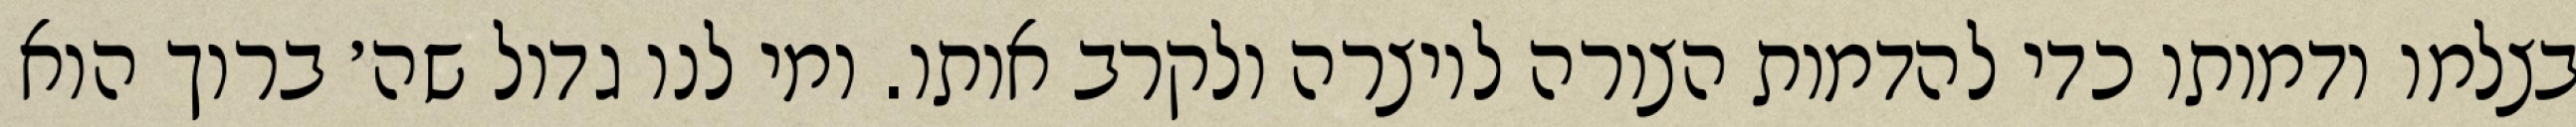
בצלמו ודמותו כדי להדמות הצורה ליוצרה ולקרב אותו. ומי לנו גדול שה׳ ברוך הוא